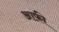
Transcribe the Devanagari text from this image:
आफ़ी